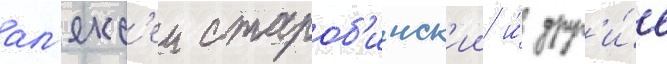
ал'екс'еи староб'инск'ии и́ друг'и́е